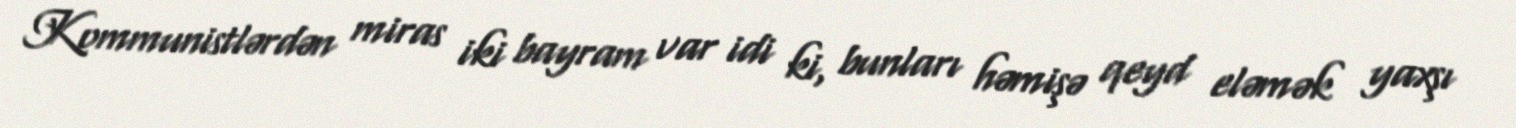
Kommunistlərdən miras iki bayram var idi ki, bunları həmişə qeyd eləmək yaxşı